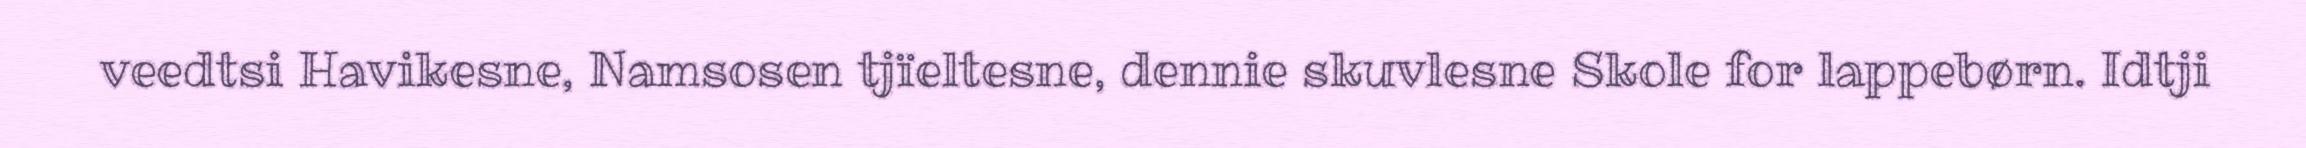
veedtsi Havikesne, Namsosen tjïeltesne, dennie skuvlesne Skole for lappebørn. Idtji